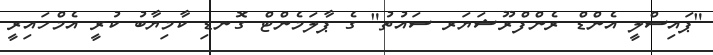
"ޕައިސްލީ އެންޑް ރެންފްރޫޝަޔަރ ސައުތު" ގެ ޕާލަމެންޓް ގޮނޑި ކާމިޔާބު ކުރީ އެމްހައިރީ